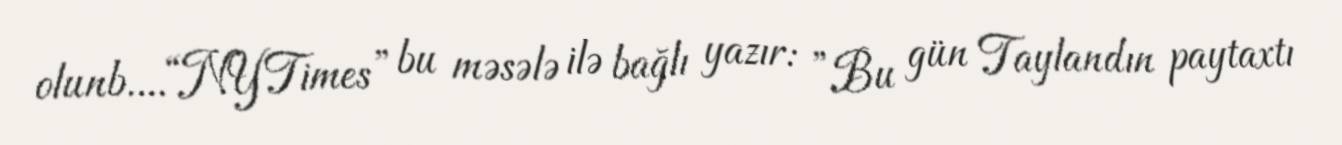
olunb....“NYTimes” bu məsələ ilə bağlı yazır: ”Bu gün Taylandın paytaxtı